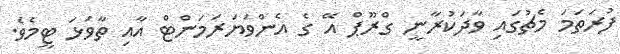
ފުރަތަމަ މެޗުގައި ވާދަކުރާނީ ގްރޫޕް އޭ ގެ އެންވަޔަރަމަންޓް އާއި ތާވަޅަ ޓީމެވެ.